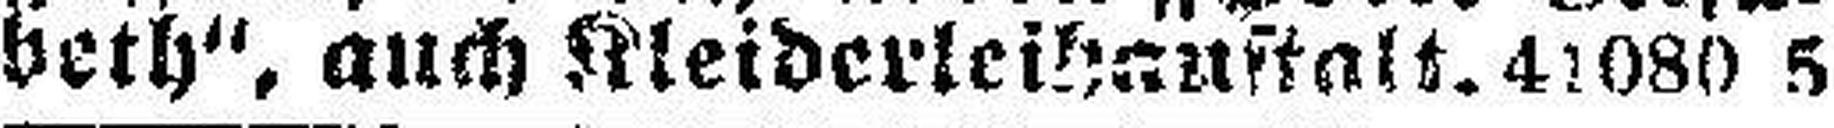
beth“, auch Kleiderleihauftatt. 41080 5